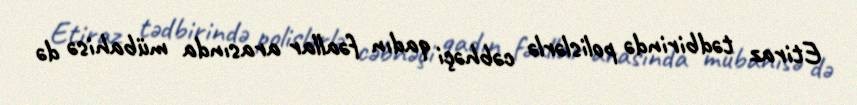
Etiraz tədbirində polislərlə cəbhəçi qadın fəallar arasında mübahisə də